Lunatic asylums Bombay report 1891-1903 - 1891-1903
Year: 1891
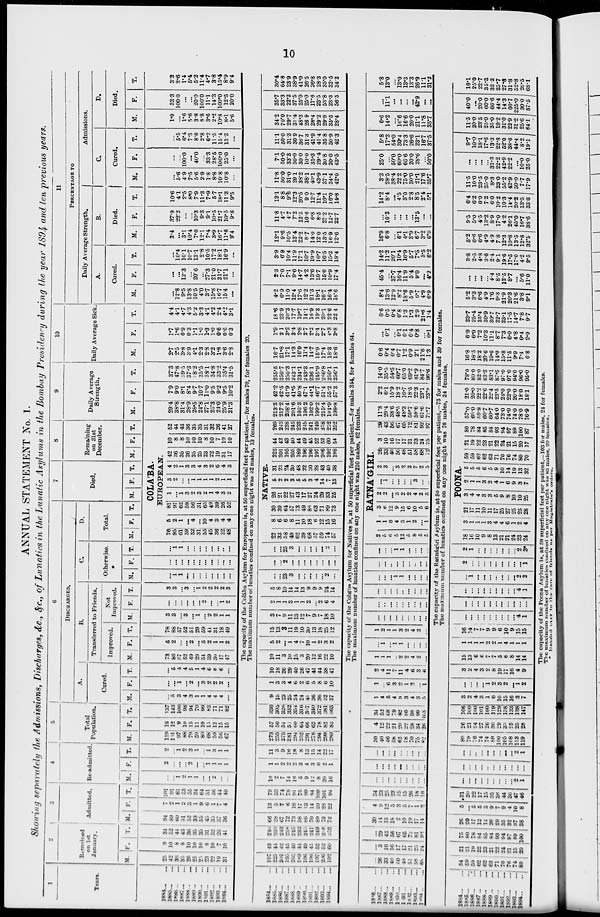
10
ANNUAL STATEMENT No. 1.
Showing separately the Admissions, Discharges, &c., &c., of Lunatics in the Lunatic Asylums in the Bombay Presidency during the year 1894 and ten previous years.
1
Years.
1884 ... ...
1885 ... ...
1886 ... ...
1887 ... ...
1888 ... ...
1889 ... ...
1890 ... ...
1891 ... ...
1892 ... ...
1893 ... ...
1894 ... ...
2
Remained
on 1st
January.
M.
25
42
36
35
26
25
25
23
22
19
31
F.
9
10
8
8
10
10
10
8
10
7
10
T.
34
52
44
43
36
35
35
31
32
26
41
3
Admitted.
M.
94
89
60
51
52
33
55
45
35
37
36
F.
7
2
1
2
3
1
9
6
1
7
4
T.
101
91
61
53
55
34
64
51
36
44
40
4
Re-admitted.
M.
...
...
1
2
1
1
...
...
2
...
...
F.
2
...
...
...
2
...
...
1
1
1
1
T.
2
...
1
2
3
1
...
1
3
1
1
5
Total
Population.
M.
119
131
97
88
79
59
80
68
59
56
67
F.
18
12
9
10
15
11
19
15
12
15
15
T.
137
143
106
98
94
70
99
83
71
71
82
6
DISCHARGED.
A.
Cured.
M.
...
5
3
4
3
1
1
4
4
4
...
F.
...
...
1
...
2
...
3
2
2
2
...
T.
...
5
4
4
5
1
4
6
6
6
...
B.
Transferred to Friends.
Improved.
M.
73
86
57
52
49
29
54
39
30
17
47
F.
5
2
...
...
2
...
5
2
1
1
2
T.
78
88
57
52
51
29
59
41
31
18
49
Not
Improved.
M.
3
3
...
3
...
1
...
2
2
1
1
F.
...
...
...
...
...
...
2
...
...
1
2
T.
3
3
...
3
...
1
2
2
2
2
3
C.
Otherwise.
M.
...
1
1
...
...
...
...
...
...
...
...
F.
...
...
...
...
...
...
...
...
...
...
...
T.
...
1
1
...
...
...
...
...
...
..
...
D.
Total.
M. F.
T.
7
Died.
M. F. T.
8
Remaining
on 31st
December.
M. F. T.
COLA'BA.
EUROPEAN.
76
95
61
59
52
31
55
45
36
22
48
5
2
1
...
4
...
10
4
3
4
4
81
97
62
59
56
31
65
49
39
26
52
1
...
1
3
2
3
2
1
4
3
2
3
2
...
...
1
1
1
1
2
1
1
4
2
1
3
3
4
3
2
6
4
3
42
36
35
26
25
25
23
22
19
31
17
10
8
8
10
10
10
8
10
7
10
10
52
44
43
36
35
35
31
32
26
41
27
9
Daily Average
Strength.
M.
29.4
38.8
31.4
28.9
28.5
24.8
27.1
25.3
24.0
25.9
21.3
F.
7.9
9.0
8.1
8.4
9.7
10.7
11.0
9.5
9.2
9.5
10.2
T.
37.3
47.8
39.5
37.3
38.2
35.5
38.1
34.8
33.2
35.4
31.5
10
Daily Average Sick.
M.
2.7
2.5
3.8
3.9
4.1
2.3
2.8
3.2
1.8
3.6
2.8
F.
1.7
1.6
0.9
0.3
1.1
1.0
1.3
1.0
0.6
0.6
0.3
T.
4.4
4.1
4.7
4.3
5.2
3.3
4.1
4.2
2.4
4.2
3.1
11
PERCENTAGE TO
Daily Average Strength.
A.
Cured.
M.
...
12.8
9.5
13.8
10.5
4.0
3.7
15.8
16.7
15.4
...
F.
...
...
12.3
...
20.6
...
27.3
21.0
21.7
21.1
...
T.
...
10.4
10.1
10.7
13.1
2.8
10.5
17.2
18.1
16.9
...
B.
Died.
M.
3.4
3.1
10.4
7.0
12.1
7.4
3.9
16.7
11.6
9.4
F.
37.9
22.2
...
...
10.3
9.3
9.1
10.5
21.7
10.5
9.8
T.
10.6
4.1
2.5
8.0
7.9
11.3
7.9
5.7
18.1
11.3
9.5
Admissions.
C.
Cured.
M.
...
5.6
4.9
7.5
5.6
2.9
1.8
8.8
10.8
10.8
...
F.
...
...
100.0
...
40.0
...
33.3
28.5
100.0
25.0
...
T.
...
5.5
6.4
7.3
8.6
2.8
6.2
11.5
15.4
13.3
...
D.
Died.
M.
1.0
...
1.6
5.6
3.8
8.8
3.6
2.2
10.8
8.1
5.6
F.
33.3
100.0
...
...
20.0
100.0
11.1
14.3
100.0
12.5
20.0
T.
3.2
2.6
1.4
5.4
5.2
11.4
4.7
3.8
15.4
8.9
9.4
The capacity of the Colába Asylum for Europeans is, at 50 superficial feet per patient,—for males 70, for females 20.
The maximum number of lunatics confined on any one night was 32 males, 13 females.
1884 ... ...
1885 ... ...
1886 ... ...
1887 ... ...
1888 ... ...
1889 ... ...
1890 ... ...
1891 ... ...
1892 ... ...
1893 ... ...
1894 ... ...
197
225
201 195
205
189
196
196
197
206
192
43
44
42
43
40
44
49
45
52
52
60
240
269
243
238
245
233
245
241
249
258
252
66
28
67
72
73
58
86
70
89
73
72
13
5
7
6
18
17
13
14
20
28
22
79
33
74
78
91
75
99
84
109
101
94
10
2
7
14
16
5
9
12
8
20
16
1
1
2
2
2
3
4
3
6
2
1
11
3
9
16
18
8
13
15
14
22
17
273
255
275
281
294
252
291
278
294
299
280
57
50
51
51
60
64
66
62
78
82
83
330
305
326
332
354
316
357
340
372
381
363
9
15
23
25
34
24
41
36
36
32
37
1
3
3
4
6
2
6
5
8
6
10
10
18
26
29
40
26
47
41
44
38
47
10
11
3
10
15
3
20
12
16
22
10
5
2
...
1
4
7
10
1
2
3
2
15
13
3
11
19
10
30
13
18
25
12
3
7
9
11
13
12
7
9
7
18
10
2
1
1
3
1
1
2
...
2
6
4
5
8
10
14
14
13
9
9
9
24
14
...
...
23
3
...
...
...
...
...
2
...
...
...
2
...
...
...
...
...
...
...
...
...
...
25
3
...
...
...
...
...
2
...
NATIVE.
22
33
58
49
62
39
68
57
59
74
57
8
6
6
8
11
10
18
6
12
15
16
30
39
64
57
73
49
86
63
71
89
73
26
21
22
27
43
17
27
24
29
33
25
5
2
2
3
5
5
3
4
14
7
13
31
23
24
30
48
22
30
28
43
40
38
225
201
195
205
189
196
196
197
206
192
198
44
42
43
40
44
49
45
52
52
60
54
269
243
238
245
233
245
241
249
258
252
252
213.3
217.2
208.4
201.6
193.3
196.2
192.0
199.2
215.4
194.9
198.8
42.2
42.5
41.9
41.5
40.8
47.1
44.1
46.7
51.4
55.2
57.3
255.5
259.7
250.3
243.1
234.1
243.3
236.1
245.9
266.8
250.1
256.1
16.7
21.8
17.1
14.3
16.9
11.4
14.7
15.9
17.4
18.3
18.6
1.9
2.1
3.2
3.4
2.8
2.7
2.2
3.4
2.7
4.3
3.8
18.6
23.9
20.3
17.7
19.7
14.1
16.9
19.3
20.1
22.6
22.4
4.2
6.9
11.0
12.4
17.6
12.2
21.3
18.1
16.7
16.4
18.6
2.3
7.0
7.1
9.6
14.7
4.2
13.6
10.7
15.6
10.9
17.4
3.9
6.9
10.4
11.9
17.1
10.7
19.9
16.7
16.5
15.2
18.4
12.1
9.6
10.5
13.4
22.2
8.7
14.0
12.0
13.5
16.9
12.6
11.8
4.7
4.7
7.2
12.3
10.6
6.8
8.5
27.2
12.7
22.7
12.1
8.8
9.6
12.3
20.5
9.0
12.7
11.4
16.1
16.0
14.8
11.8
50.0
31.0
29.1
38.2
38.1
43.1
43.9
37.1
34.4
42.0
7.1
50.0
33.3
50.0
30.0
10.0
35.3
29.4
30.8
20.0
43.5
11.1
50.0
31.3
30.9
36.7
31.3
41.9
41.4
35.8
30.9
42.3
34.2
70.0
29.7
31.4
48.3
26.9
28.4
29.2
29.9
35.5
28.4
35.7
33.3
22.2
37.5
25.0
25.0
17.6
23.5
53.8
23.3
56.5
30.4
64.8
23.9
38.9
41.0
26.5
26.8
28.3
35.0
32.5
34.2
The capacity of the Colába Asylum for Natives is, at 50 superficial feet per patient,—for males 344, for females 64.
The maximum number of lunatics confined on any one night was 210 males, 62 females.
1886 ... ...
1887 ... ...
1888 ... ...
1889 ... ...
1890 ... ...
1891 ... ...
1892 ... ...
1893 ... ...
1894 ... ...
...
26
33
40
50
48
51
58
68
...
3
10
16
17
17
21
23
24
...
29
43
56
67
65
72
81
92
30
14
13
18
2
10
19
17
14
4
9
12
5
3
5
7
1
2
34
23
25
23
15
15
26
18
16
...
...
...
...
...
...
...
...
...
...
...
...
...
...
...
...
...
...
...
..
...
...
...
...
...
...
...
30
40
46
58
62
58
70
75
82
4
12
22
21
20
22
28
24
26
34
52
68
79
82
80
98
99
108
1
4
5
4
9
3
4
3
5
1
...
6
3
2
1
2
...
1
2
4
11
7
11
4
6
3
6
1
1
1
...
2
2
4
2
...
...
1
...
1
1
...
...
...
...
1
2
1
1
3
2
4
2
...
...
...
...
...
...
...
...
...
...
...
...
...
...
...
...
...
...
...
...
...
...
...
...
...
...
...
...
...
...
...
1
1
...
...
...
...
...
...
...
...
...
...
...
...
...
...
...
...
1
1
...
...
...
RATNA'GIRI.
2
5
6
5
12
5
8
5
5
1
1
6
4
3
1
2
...
1
3
6
12
9
15
6
10
5
6
2
2
...
3
2
2
4
2
5
...
1
...
...
...
...
3
...
...
2
3
...
3
2
2
7
2
5
26
33
40
50
48
51
58
68
72
3
10
16
17
17
21
23
24
25
29
43
56
67
65
72
81
92
97
11.8
29.4
38.6
48.5
48.3
50.7
59.6
61.6
72.7
2.2
6.1
15.9
18.2
16.7
18.5
22.3
23.1
23.9
14.0
35.5
54.5
66.7
65.0
69.2
81.9
84.7
96.6
0.6
0.4
0.4
0.7
1.2
0.9
2.1
21.6
1.3
...
0.1
...
0.1
0.1
0.4
0.8
...
0.1
0.6
0.5
0.4
0.8
1.3
1.3
2.9
21.6
1.4
8.4
13.6
12.9
8.2
18.6
5.9
6.7
4.9
6.9
45.4
...
37.7
16.4
11.9
5.4
9.0
...
4.2
14.2
11.2
20.1
10.4
16.9
5.7
7.3
3.5
6.2
16.9
6.8
...
6.1
4.1
3.9
6.7
3.2
6.9
...
16.3
...
...
...
...
13.5
...
...
14.2
8.4
...
4.5
3.0
2.8
8.5
2.4
5.1
3.3
28.5
38.4
22.2
75.0
30.0
21.1
17.6
35.7
25.0
...
50.0
60.0
66.6
20.0
28.6
...
50.0
5.8
17.3
54.0
30.4
73.3
26.6
23.1
16.7
37.5
6.6
14.2
...
16.6
16.6
20.0
21.1
11.8
35.7
...
11.1
...
...
...
...
42.9
...
...
5.8
13.0
...
13.0
13.3
13.3
26.9
11.1
31.2
The capacity of the Ratnágiri Asylum is, at 50 superficial feet per patient,—73 for males and 39 for females.
The maximum number of lunatics confined on any one night was 76 males, 24 females.
1884 ... ...
1885 ... ...
1886
...
1887 ... ...
1888 ... ...
1889 ... ...
1890 ... ...
1891 ... ...
1892 ... ...
1893 ... ...
1894 ... ...
54
59
59
62
62
63
71
70
76
74
80
21
21
19
22
23
21
22
24
21
15
20
75
80
78
84
85
84
93
94
97
89
100
26
20
17
12
12
26
29
35
32
37
38
5
...
5
5
3
9
7
9
4
10
8
31
20
22
17
15
35
36
44
36
47
46
...
...
...
...
...
...
...
...
...
2
1
...
...
...
...
...
...
...
...
...
...
...
...
...
...
...
...
...
...
...
...
2
1
80
79
76
74
74
89
100
105
108
113
119
26
21
24
27
26
30
29
33
25
25
28
106
100
100
101
100
119
129
138
133
138
147
3
2
4
3
1
6
16
15
16
3
7
...
...
...
...
1
2
3
2
...
1
2
3
2
4
3
2
8
19
17
16
4
9
15
13
6
6
7
7
5
6
8
14
14
1
1
1
1
2
2
1
4
1
1
1
16
14
7
7
9
9
6
10
9
15
15
...
...
...
...
...
...
...
...
...
4
1
...
...
...
...
...
...
...
...
...
...
...
...
...
...
...
...
...
...
...
...
4
1
...
1
...
...
...
...
...
...
...
2
2
2
...
...
...
...
...
...
...
...
...
1
2
1
...
...
...
...
...
...
...
2
3*
POONA.
18
16
10
9
8
13
21
21
24
23
24
3
1
1
1
3
4
4
6
1
2
4
21
17
11
10
11
17
25
27
25
25
28
3
4
4
3
3
5
9
8
10
10
25
2
1
1
3
2
4
1
6
9
3
7
5
5
5
6
5
9
10
14
19
13
32
59
59
62
62
63
71
70
76
74
80
70
21
19
22
23
21
22
24
21
15
20
17
80
78
84
85
84
93
94
97
89
100
87
57.0
60.0
59.8
60.7
60.7
64.0
73.0
74.0
74.0
78.0
76.9
21.0
20.0
22.2
22.6
22.4
23.5
24.0
23.0
20.0
18.0
18.1
78.0
80.0
82.0
83.3
83.1
87.5
97.0
97.0
94.0
96.0
95.0
16.8
18.5
18.2
20.6
19.6
14.0
15.8
11.5
9.9
7.4
6.8
6.9
6.9
7.2
10.3
11.1
8.7
7.3
6.0
4.8
0.4
2.9
23.7
25.4
25.4
30.9
30.7
22.7
23.1
17.5
14.7
7.8
9.7
5.2
3.3
6.6
4.9
1.6
9.3
21.9
20.3
21.6
3.8
9.1
...
...
...
...
4.4
8.5
12.5
8.7
...
5.6
11.0
3.8
2.5
4.8
3.6
2.4
9.1
19.6
17.5
17.0
4.2
9.5
5.2
6.6
6.6
4.9
4.9
7.8
12.3
10.8
13.5
12.8
32.5
9.5
5.0
4.5
13.2
8.9
17.0
4.2
26.1
45.0
16.7
38.6
6.4
6.2
6.0
7.2
6.0
10.2
10.3
14.4
20.2
13.5
33.6
11.5
10.0
23.5
25.0
8.3
23.0
55.2
42.9
50.0
7.7
17.9
...
...
...
...
33.3
22.2
42.9
22.2
...
10.0
25.0
9.7
10.0
18.1
17.6
13.3
22.8
52.0
38.6
44.4
8.2
19.1
11.5
20.0
23.5
25.0
25.0
19.2
31.0
22.9
31.2
25.6
64.1
40.0
...
20.0
60.0
66.6
44.4
14.3
66.7
225.0
30.0
87.5
16.1
25.0
22.7
35.3
33.3
25.7
27.8
31.8
52.8
26.5
68.1
The capacity of the Poona Asylum is, at 50 superficial feet per patient,—103 for males, 24 for females.
The maximum number of lunatics confined on any one night was 83 males, 20 females.
* Handed
over to the care of friends as per Magistrate's orders.